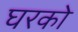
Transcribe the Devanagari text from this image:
घरको